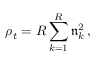
\rho _ { t } = R \sum _ { k = 1 } ^ { R } \mathfrak { n } _ { k } ^ { 2 } \, ,